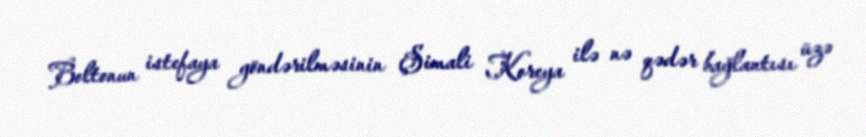
Boltonun istefaya göndərilməsinin Şimali Koreya ilə nə qədər bağlantısı üzə